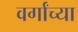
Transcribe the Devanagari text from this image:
वर्गांच्‍या